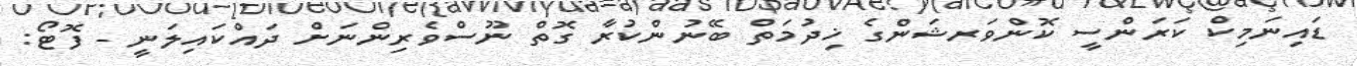
ޑައިނަމިކް ކަރަންސީ ކޮންވަރޝަންގެ ޚިދުމަތް ބޭނުންކުރާ ގޮތް ނޫސްވެރިންނަށް ދައްކައިލަނީ - ފޮޓޯ: